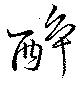
醉